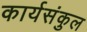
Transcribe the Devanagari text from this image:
कार्यसंकुल